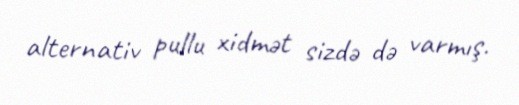
alternativ pullu xidmət sizdə də varmış.